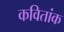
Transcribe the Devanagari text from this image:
कवितांक